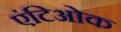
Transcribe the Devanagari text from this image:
एंटिओक